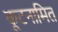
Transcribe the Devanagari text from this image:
कूटनामित